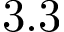
3 . 3